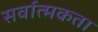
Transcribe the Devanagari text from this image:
सर्वात्मकता